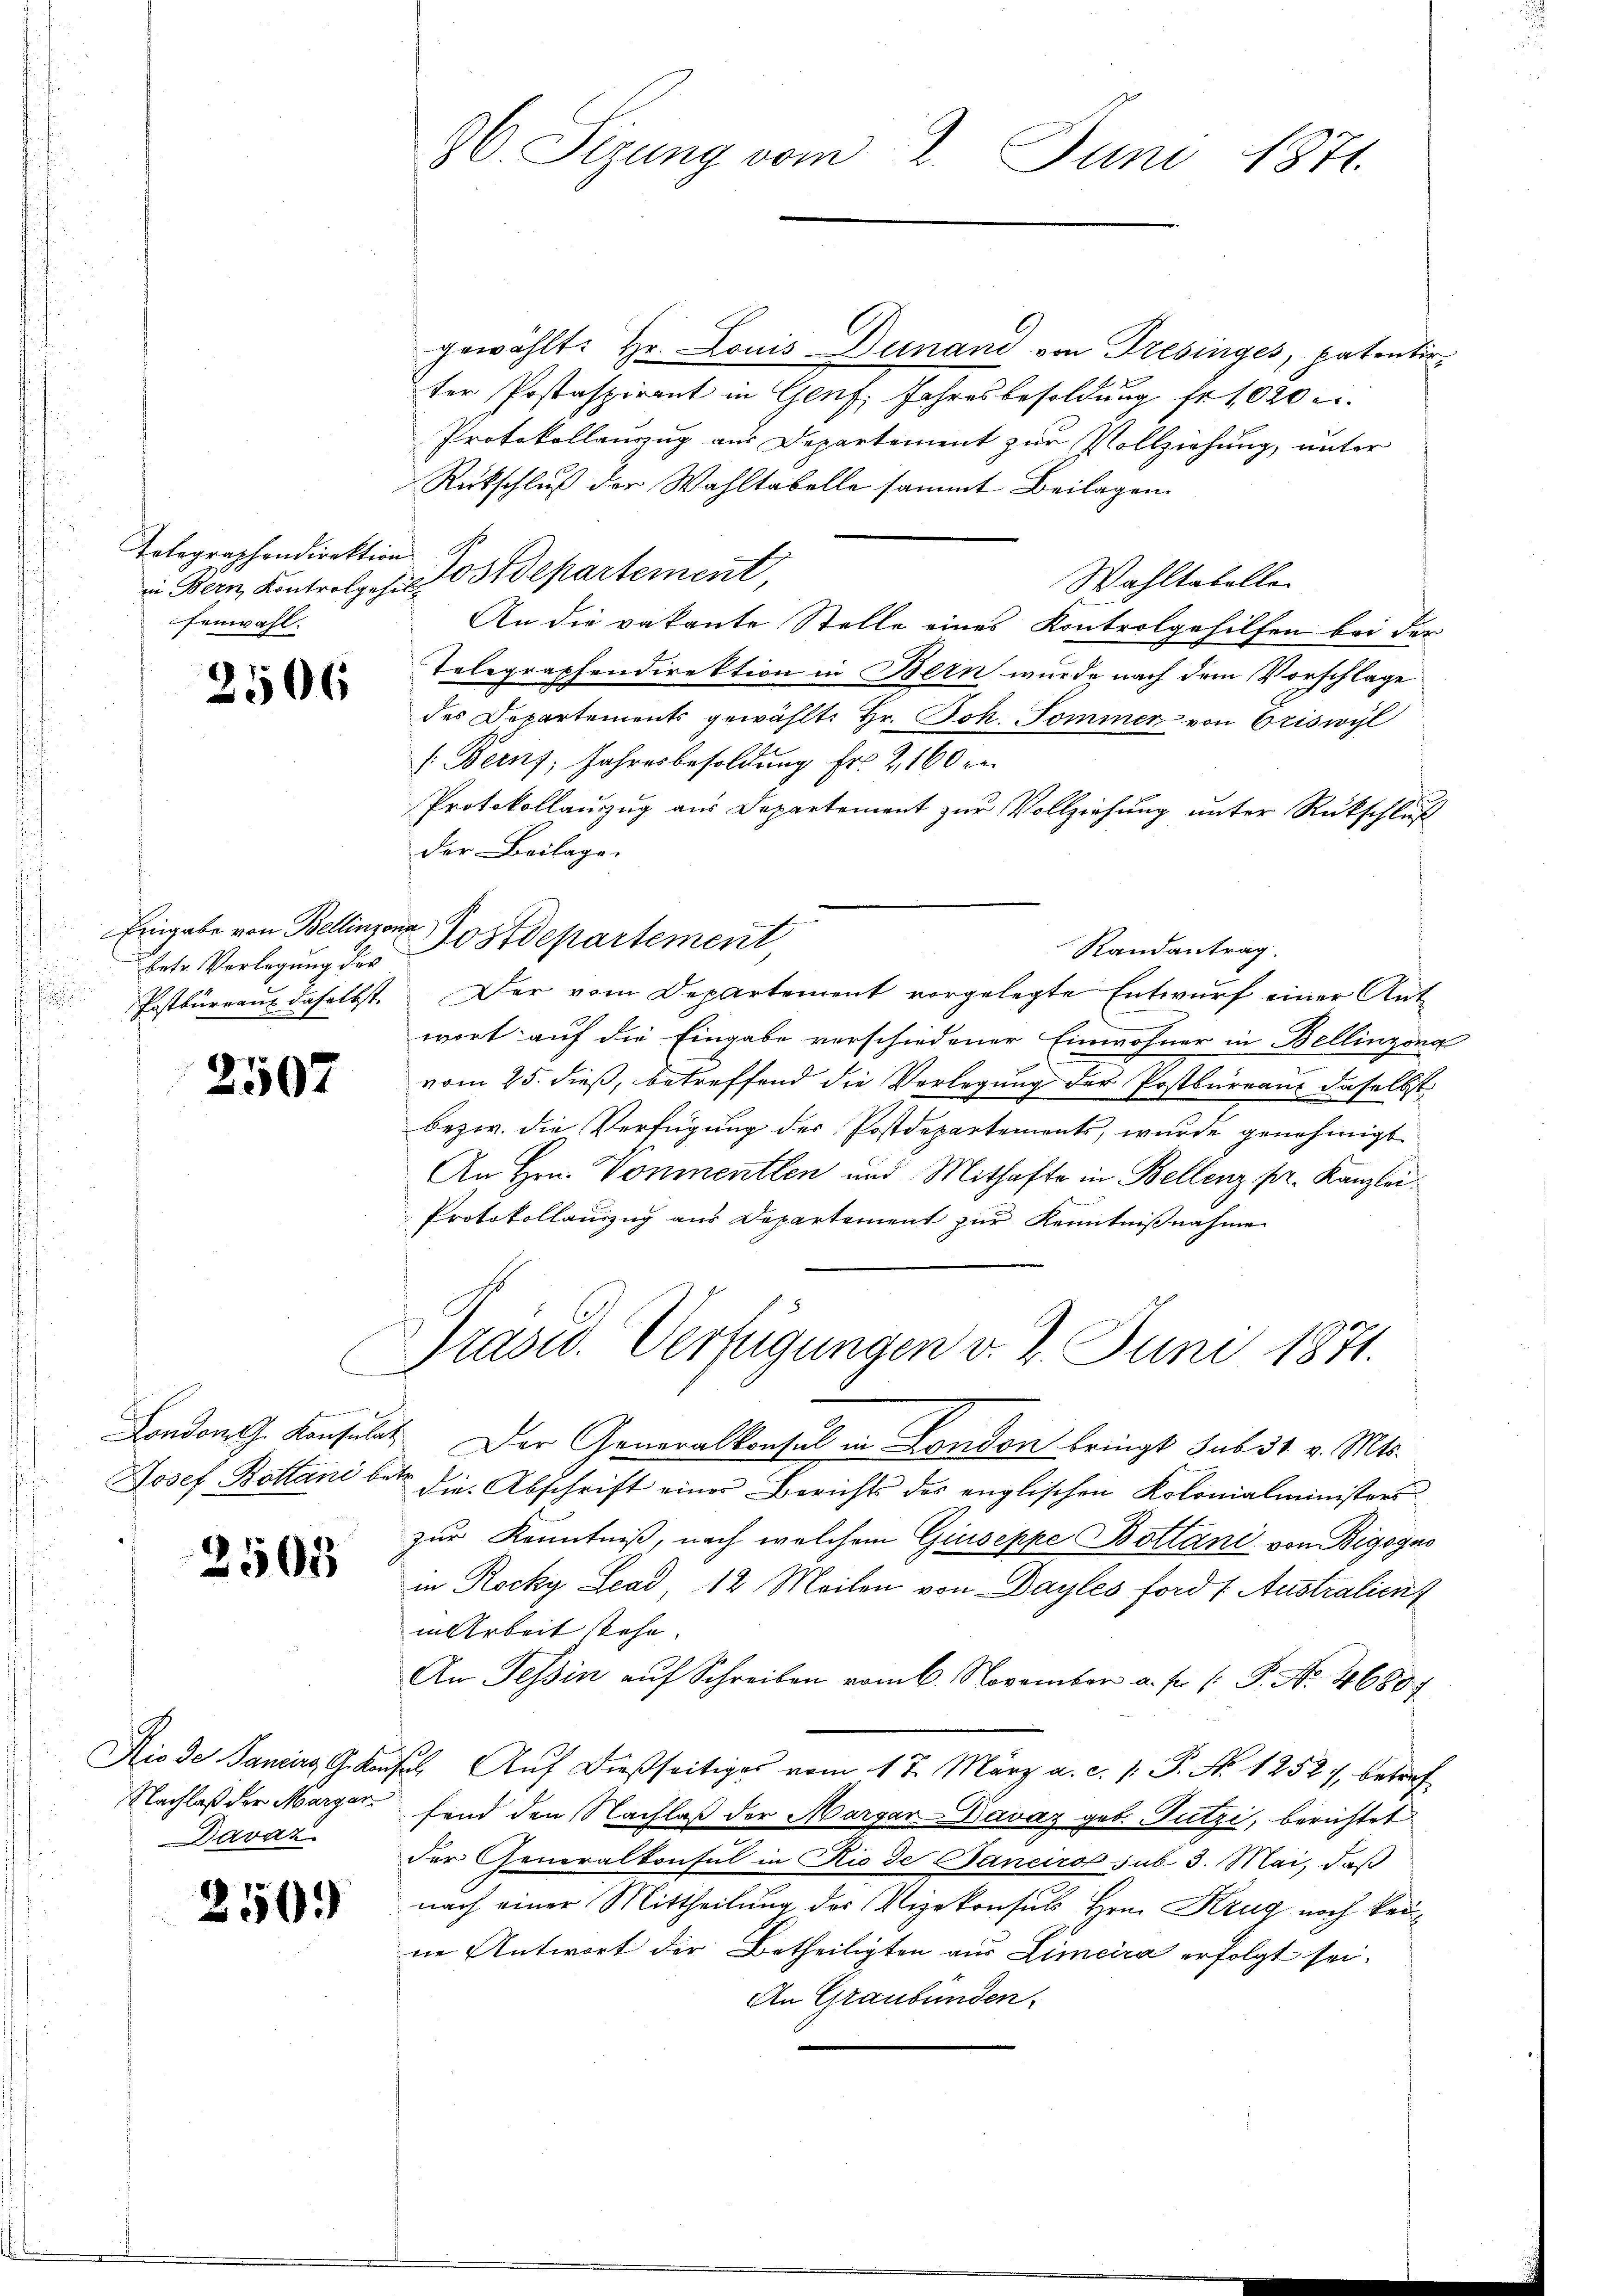
Telegraphendirektion
fenwahl.

2506

betr. Vorlegung des

2507

2505

Nachlaß der Margar
Davar

250.

36. Sezung vom 2. Juni 1871.

gewählt: Hr. Louis Dunand von Tresinges, patentir
ter Postaspirant in Genf, Jahresbesoldung fr. 1020
Protokollauszug aus Departement zur Vollziehung, unter
Rütschluß der Wahltabelle sammt Beilagen
Wahltabelle
An die vakante Stelle eines Kontrolgehilfen bei der
Telegraphendirektion in Bern wurde nach dem Vorschlage
des Departements gewählt: Hr. Joh. Sommer von Oriswyl
/: Bern, Jahresbesoldung Fr. 2160 e
Protokollauzug aus Departement zur Vollziehung unter Rückschluß
der Beilage.
Eingabe von Bellinzona Postdepartement,
Randantrag.
Postkurnaux daselbst. Der vom Departement vorgelegte Entwurf einer Antwort auf die Eingabe verschiedener Einwohner in Bellinzoni
vom 25. dieß, betreffend die Verlegung der Postbureau daselbst
bezw. die Verfügung der Postdepartements, wurde genehmigt
An Hrn. Vonmentlen und Mithafte in Bellenz pr. Kanzlei.
Protokollauszug aus Departement zŭr Kenntniβnahme
Präsid.. Verfügungen v. 2. Juni 1871.
London. Konsulat. Der Generalkonsul in London bringt sub 31 v. Mts.
Josef Botani bei die Abschrift einer Berichts des englischen Kolonialministers
zur Kenntniß, nach welchem Giuseppe Bottani von Bigogus
in Rocky Lead 12 Meilen von Dayles ford : Australienf
in Arbeit sehe.
An Tessin aŭf Schreiben vom 6. November a. p. 1. P. No. 46807.
Rio de Sanciers G. Konsul Auf dießseitiges vom 17. März a. c. p. P. Nr. 1252), betref
fand den Nachlaß der Margar-Davaz geb. Putzi, berichtet
der Generalkonsul in Rio de Canciro sub 3. Mai, daß
nach einer Mittheilung der Vizekonsuls Hrn. Krug noch keine Antwort der Betheiligten aus Limeira erfolgt sei.
An Graubünden.

in Bern, Kontrolge his Ostdepartement,